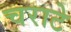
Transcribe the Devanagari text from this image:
चराटे